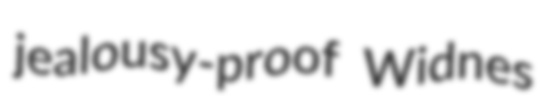
jealousy-proof Widnes